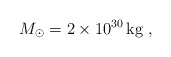
\begin{align*}M_\odot = 2\times 10^{30}\,\mathrm{kg}\;,\end{align*}